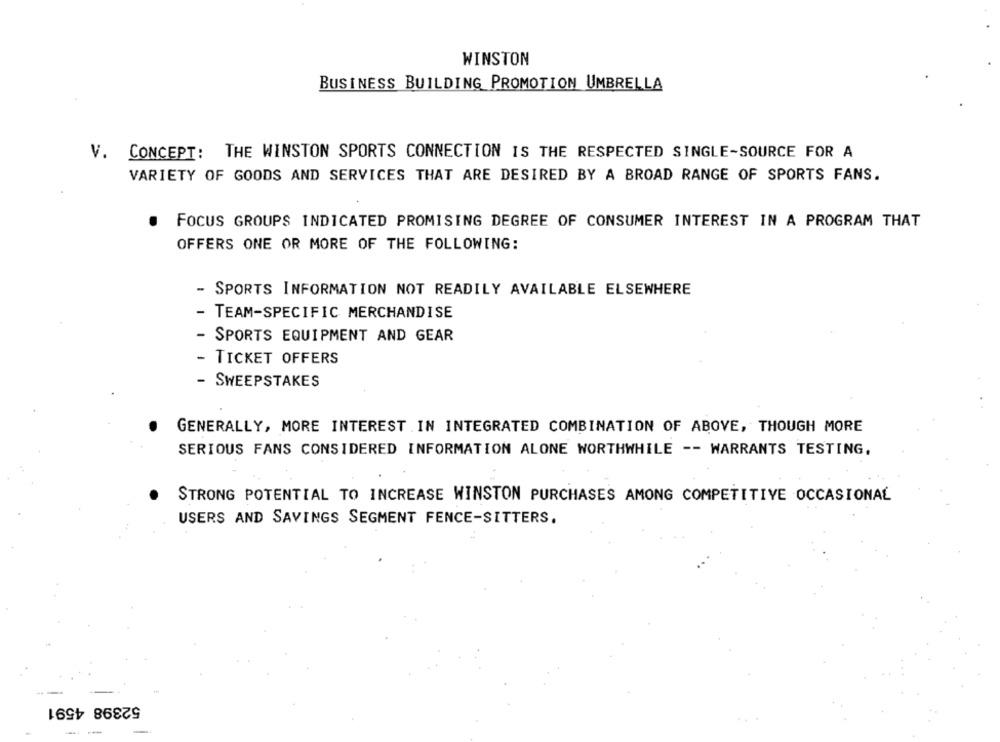
WINSTON
BUSINESS BUILDING PROMOTION UMBRELLA
V.
CONCEPT: THE WINSTON SPORTS CONNECTION IS THE RESPECTED SINGLE-SOURCE FOR A
VARIETY OF GOODS AND SERVICES THAT ARE DESIRED BY A BROAD RANGE OF SPORTS FANS.
FOCUS GROUPS INDICATED PROMISING DEGREE OF CONSUMER INTEREST IN A PROGRAM THAT
OFFERS ONE OR MORE OF THE FOLLOWING:
- SPORTS INFORMATION NOT READILY AVAILABLE ELSEWHERE
- TEAM-SPECIFIC MERCHANDISE
- SPORTS EQUIPMENT AND GEAR
- TICKET OFFERS
- SWEEPSTAKES
GENERALLY, MORE INTEREST IN INTEGRATED COMBINATION OF ABOVE, THOUGH MORE
SERIOUS FANS CONSIDERED INFORMATION ALONE WORTHWHILE -- WARRANTS TESTING,
STRONG POTENTIAL TO INCREASE WINSTON PURCHASES AMONG COMPETITIVE OCCASIONAL
USERS AND SAVINGS SEGMENT FENCE-SITTERS.
52398 4591
- -